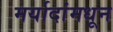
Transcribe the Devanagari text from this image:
मर्यादांमधून